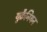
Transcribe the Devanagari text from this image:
युक्रैनियन